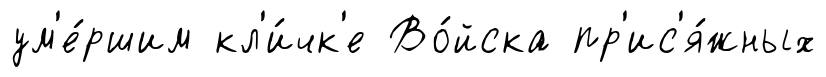
ум'е́ршим кл'и́чк'е Во́йска пр'ис'я́жных